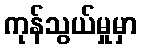
ကုန်သွယ်မှုမှာ